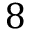
8